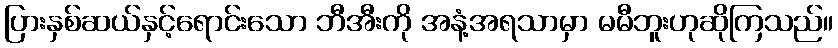
ပြားနှစ်ဆယ်နှင့်ရောင်းသော ဘီအီးကို အနံ့အရသာမှာ မမီဘူးဟုဆိုကြသည်။